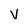
Character: V